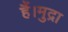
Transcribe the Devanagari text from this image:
हैं।मुद्रा